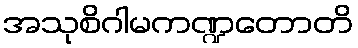
အသုစိဂါမကဏ္ဍတောတိ